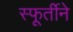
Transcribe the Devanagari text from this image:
स्फूर्तीने